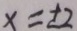
x = \pm 2